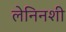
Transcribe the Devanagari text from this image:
लेनिनशी